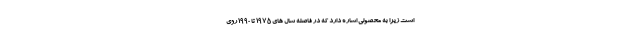
است زیرا به محصولی اشاره دارد که در فاصله سال های 1975 تا 1990 روی